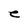
Character: e